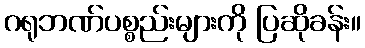
ဂရုဘဏ်ပစ္စည်းများကို ပြဆိုခန်း။